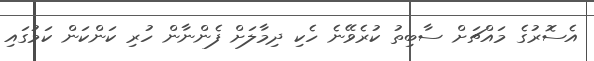
އެސޮރުގެ މައްޗަށް ސާބިތު ކުރެވޭނެ ހެކި ދިމާލަށް ފެންނާން ހުރި ކަންކަން ކަމުގައި